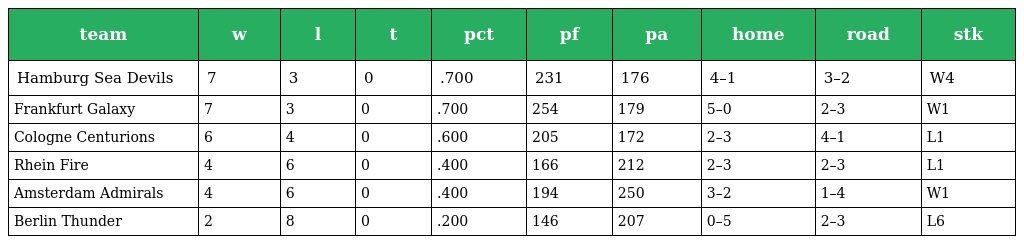
| team | w | l | t | pct | pf | pa | home | road | stk |
 | --- | --- | --- | --- | --- | --- | --- | --- | --- | --- |
 | Hamburg Sea Devils | 7 | 3 | 0 | .700 | 231 | 176 | 4–1 | 3–2 | W4 |
 | Frankfurt Galaxy | 7 | 3 | 0 | .700 | 254 | 179 | 5–0 | 2–3 | W1 |
 | Cologne Centurions | 6 | 4 | 0 | .600 | 205 | 172 | 2–3 | 4–1 | L1 |
 | Rhein Fire | 4 | 6 | 0 | .400 | 166 | 212 | 2–3 | 2–3 | L1 |
 | Amsterdam Admirals | 4 | 6 | 0 | .400 | 194 | 250 | 3–2 | 1–4 | W1 |
 | Berlin Thunder | 2 | 8 | 0 | .200 | 146 | 207 | 0–5 | 2–3 | L6 |